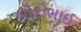
મોટોભાઈ